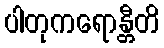
ပါတုကရောန္တီတိ